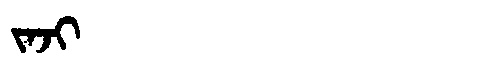
Manchu: ᠵᠠᠵᡳ
Romanization: JAJI